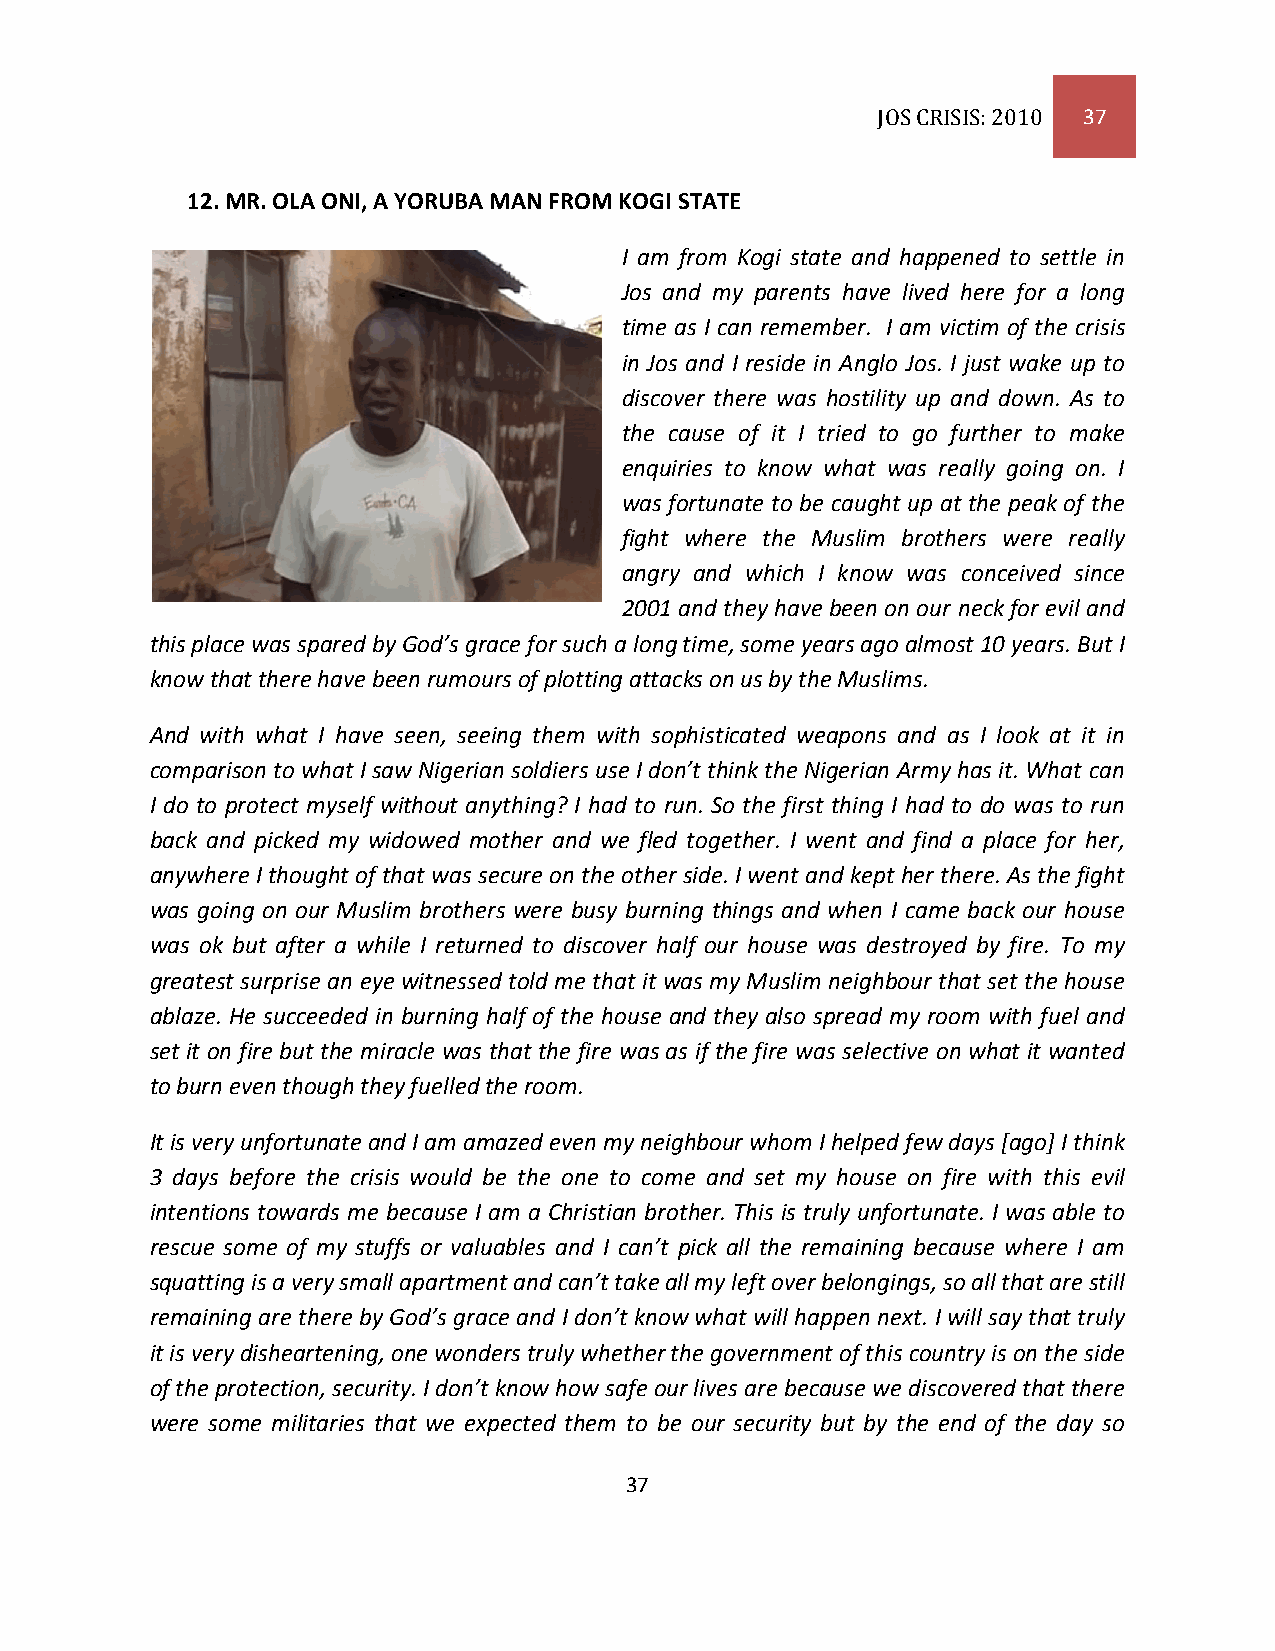
JOS CRISIS: 2010 37
 12. MR. OLA ONI, A YORUBA MAN FROM KOGI STATE
 I am from Kogi state and happened to settle in
 Jos and my parents have lived here for a long
 time as I can remember. I am victim of the crisis
 in Jos and I reside in Anglo Jos. I just wake up to
 discover there was hostility up and down. As to
 the cause of it I tried to go further to make
 enquiries to know what was really going on. I
 was fortunate to be caught up at the peak of the
 fight where the Muslim brothers were really
 angry and which I know was conceived since
 2001 and they have been on our neck for evil and
 this place was spared by God’s grace for such a long time, some years ago almost 10 years. But I
 know that there have been rumours of plotting attacks on us by the Muslims.
 And with what I have seen, seeing them with sophisticated weapons and as I look at it in
 comparison to what I saw Nigerian soldiers use I don’t think the Nigerian Army has it. What can
 I do to protect myself without anything? I had to run. So the first thing I had to do was to run
 back and picked my widowed mother and we fled together. I went and find a place for her,
 anywhere I thought of that was secure on the other side. I went and kept her there. As the fight
 was going on our Muslim brothers were busy burning things and when I came back our house
 was ok but after a while I returned to discover half our house was destroyed by fire. To my
 greatest surprise an eye witnessed told me that it was my Muslim neighbour that set the house
 ablaze. He succeeded in burning half of the house and they also spread my room with fuel and
 set it on fire but the miracle was that the fire was as if the fire was selective on what it wanted
 to burn even though they fuelled the room.
 It is very unfortunate and I am amazed even my neighbour whom I helped few days [ago] I think
 3 days before the crisis would be the one to come and set my house on fire with this evil
 intentions towards me because I am a Christian brother. This is truly unfortunate. I was able to
 rescue some of my stuffs or valuables and I can’t pick all the remaining because where I am
 squatting is a very small apartment and can’t take all my left over belongings, so all that are still
 remaining are there by God’s grace and I don’t know what will happen next. I will say that truly
 it is very disheartening, one wonders truly whether the government of this country is on the side
 of the protection, security. I don’t know how safe our lives are because we discovered that there
 were some militaries that we expected them to be our security but by the end of the day so
 37